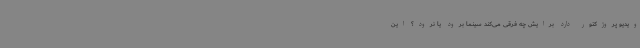
ویدیو پروژکتور دارد برایش چه فرقی می‌کند سینما برود یا نرود؟ این